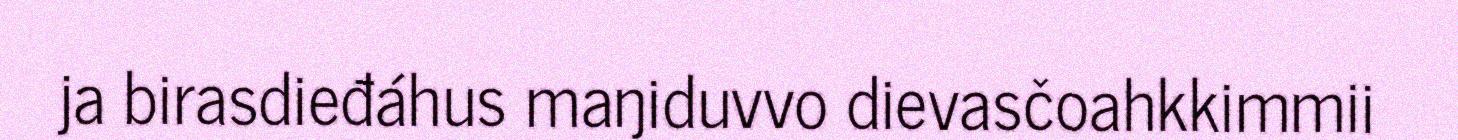
ja birasdieđáhus maŋiduvvo dievasčoahkkimmii